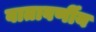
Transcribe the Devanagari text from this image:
वातावर्णीय